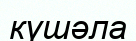
күшәла